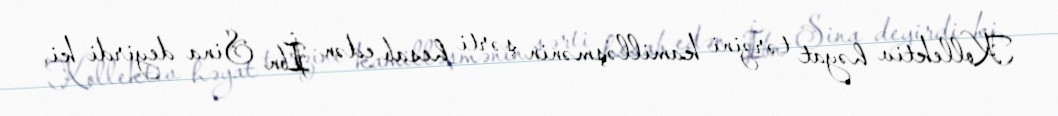
Kollektiv həyat tərzini kamilləşmənin şərti hesab edən İbn Sina deyirdi ki,